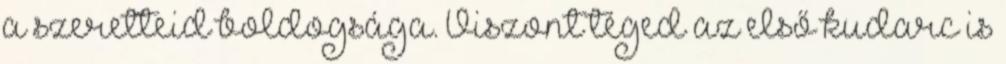
a szeretteid boldogsága. Viszont téged az első kudarc is